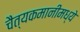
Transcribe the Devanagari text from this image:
चैत्यकमानीमध्ये